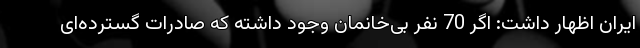
ایران اظهار داشت: اگر 70 نفر بی‌خانمان وجود داشته که صادرات گسترده‌ای